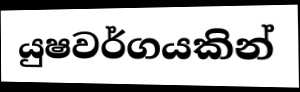
යුෂවර්ගයකින්